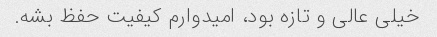
خیلی عالی و تازه بود، امیدوارم کیفیت حفظ بشه.